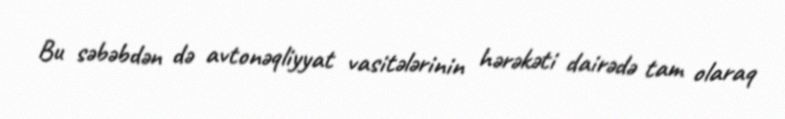
Bu səbəbdən də avtonəqliyyat vasitələrinin hərəkəti dairədə tam olaraq